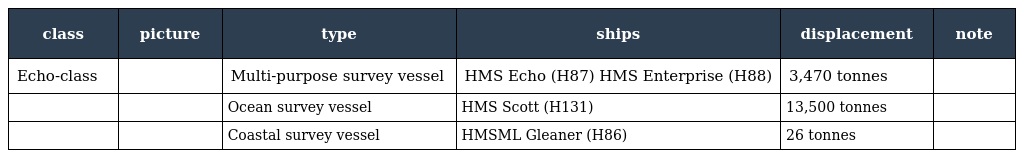
| class | picture | type | ships | displacement | note |
 | --- | --- | --- | --- | --- | --- |
 | Echo-class |  | Multi-purpose survey vessel | HMS Echo (H87) HMS Enterprise (H88) | 3,470 tonnes |  |
 |  |  | Ocean survey vessel | HMS Scott (H131) | 13,500 tonnes |  |
 |  |  | Coastal survey vessel | HMSML Gleaner (H86) | 26 tonnes |  |